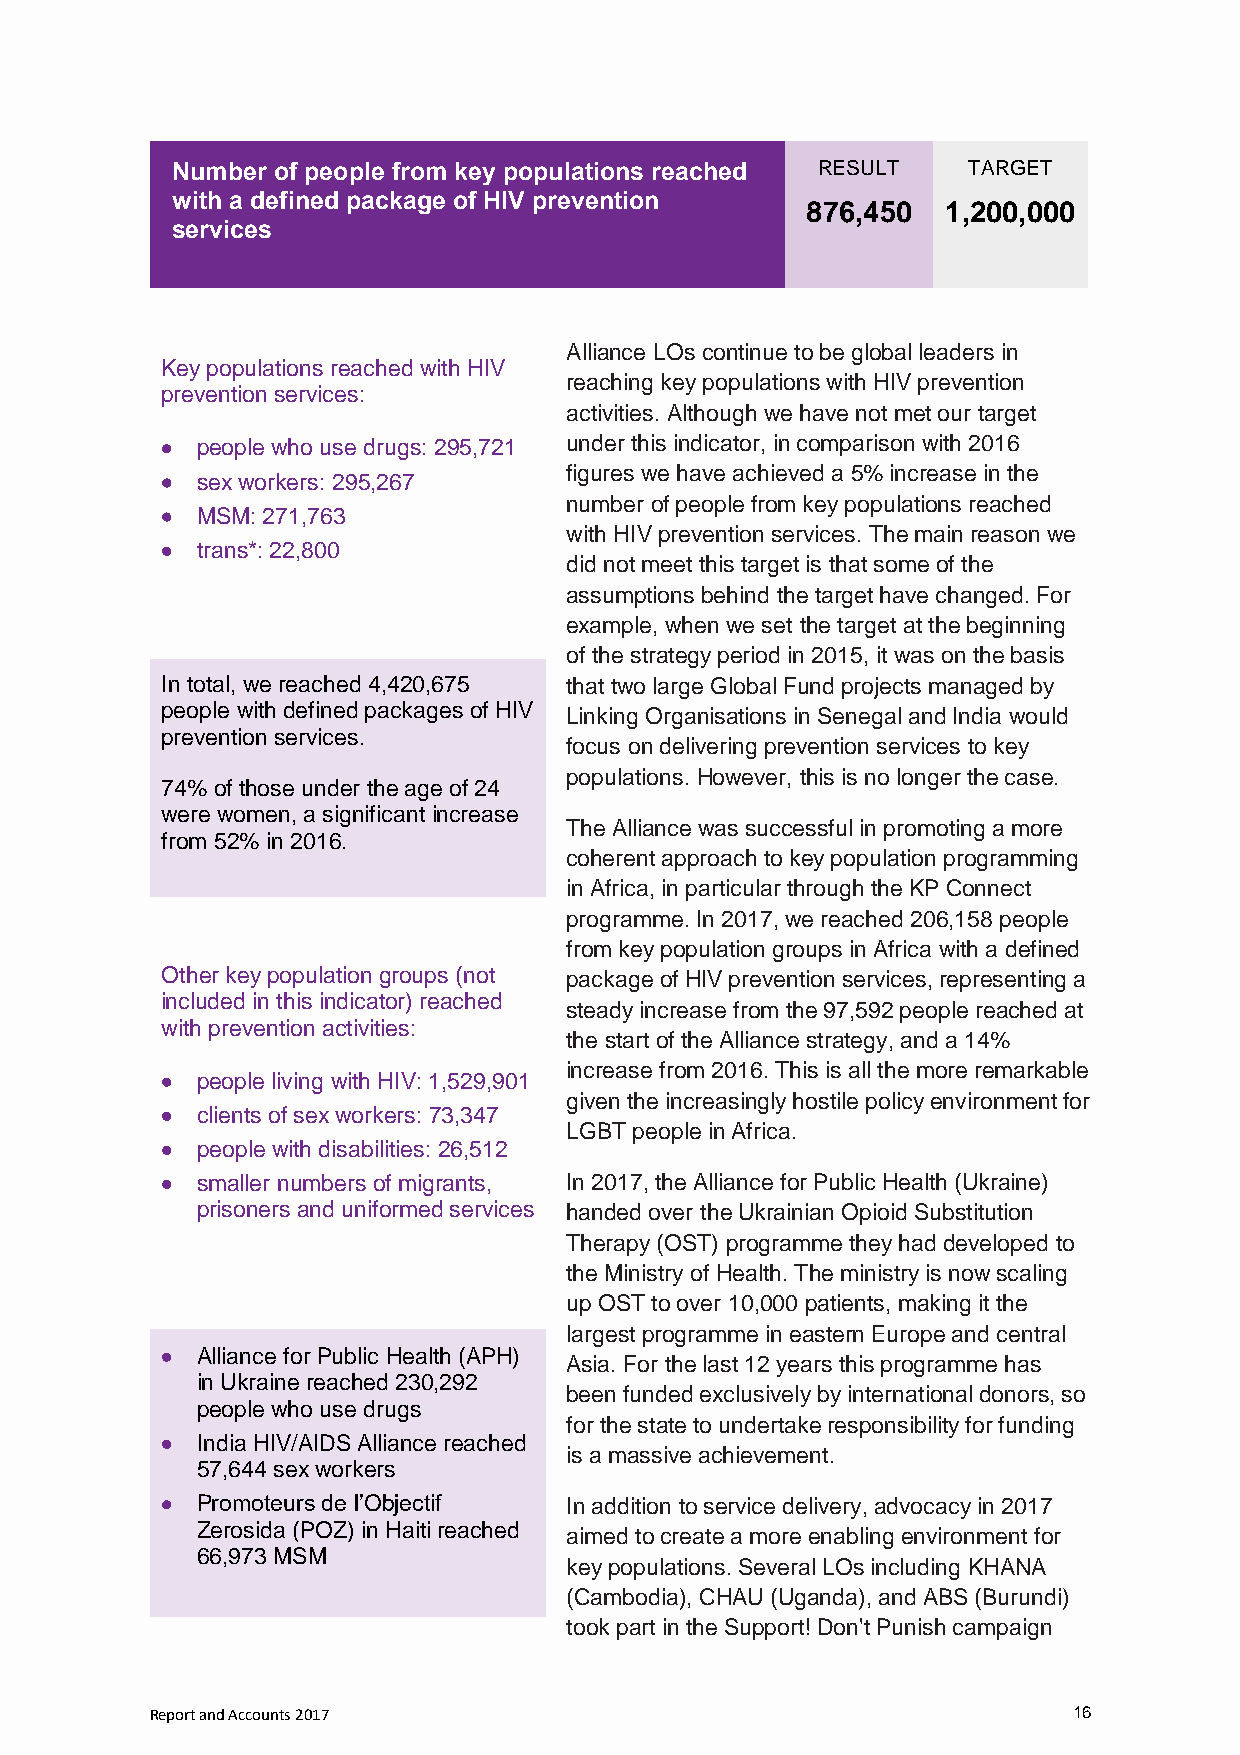
Number of people from key populations reached RESULT TARGET
 with a defined package of HIV prevention
 876,450   1,200,000
 services
 Alliance LOs continue to be global leaders in
 Key populations reached with HIV
 reaching key populations with HIV prevention
 prevention services:
 activities. Although we have not met our target
  people who use drugs: 295,721 under this indicator, in comparison with 2016
 figures we have achieved a 5% increase in the
  sex workers: 295,267
 number of people from key populations reached
  MSM: 271,763
 with HIV prevention services. The main reason we
  trans*: 22,800
 did not meet this target is that some of the
 assumptions behind the target have changed. For
 example, when we set the target at the beginning
 of the strategy period in 2015, it was on the basis
 In total, we reached 4,420,675 that two large Global Fund projects managed by
 people with defined packages of HIV Linking Organisations in Senegal and India would
 prevention services.
 focus on delivering prevention services to key
 populations. However, this is no longer the case.
 74% of those under the age of 24
 were women, a significant increase
 The Alliance was successful in promoting a more
 from 52% in 2016.
 coherent approach to key population programming
 in Africa, in particular through the KP Connect
 programme. In 2017, we reached 206,158 people
 from key population groups in Africa with a defined
 Other key population groups (not package of HIV prevention services, representing a
 included in this indicator) reached
 steady increase from the 97,592 people reached at
 with prevention activities:
 the start of the Alliance strategy, and a 14%
 increase from 2016. This is all the more remarkable
  people living with HIV: 1,529,901
 given the increasingly hostile policy environment for
  clients of sex workers: 73,347
 LGBT people in Africa.
  people with disabilities: 26,512
  smaller numbers of migrants, In 2017, the Alliance for Public Health (Ukraine)
 prisoners and uniformed services handed over the Ukrainian Opioid Substitution
 Therapy (OST) programme they had developed to
 the Ministry of Health. The ministry is now scaling
 up OST to over 10,000 patients, making it the
 largest programme in eastern Europe and central
  Alliance for Public Health (APH)
 Asia. For the last 12 years this programme has
 in Ukraine reached 230,292
 been funded exclusively by international donors, so
 people who use drugs
 for the state to undertake responsibility for funding
  India HIV/AIDS Alliance reached
 is a massive achievement.
 57,644 sex workers
  Promoteurs de l’Objectif In addition to service delivery, advocacy in 2017
 Zerosida (POZ) in Haiti reached
 aimed to create a more enabling environment for
 66,973 MSM
 key populations. Several LOs including KHANA
 (Cambodia), CHAU (Uganda), and ABS (Burundi)
 took part in the Support! Don't Punish campaign
 Report and Accounts 2017                                     16